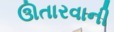
ઊતારવાની